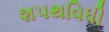
શપથવિધી